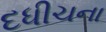
દધીચના